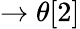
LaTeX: \rightarrow\theta[2]